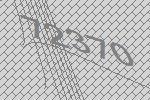
72370